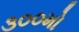
૩૦૦મો